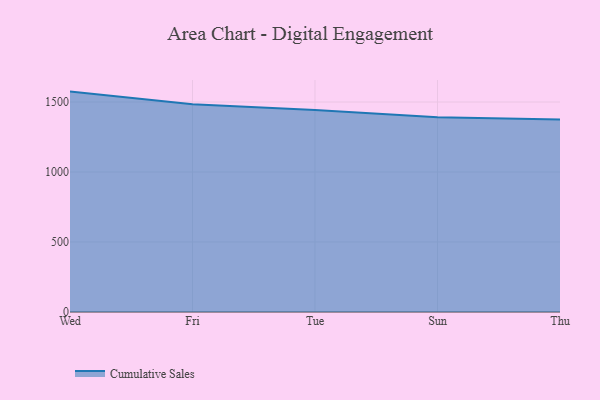
{"axis": {"x": "Day", "y": "Population (Million)"}, "legend": ["Cumulative Sales"], "data": [{"x": "Wed", "y": 1574.5, "type": "Cumulative Sales"}, {"x": "Fri", "y": 1484.9, "type": "Cumulative Sales"}, {"x": "Tue", "y": 1443.8, "type": "Cumulative Sales"}, {"x": "Sun", "y": 1390.5, "type": "Cumulative Sales"}, {"x": "Thu", "y": 1375.3, "type": "Cumulative Sales"}]}